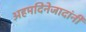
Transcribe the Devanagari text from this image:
अहमदिनेजादांनी